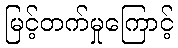
မြင့်တက်မှုကြောင့်